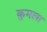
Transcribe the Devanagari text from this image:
कुमला